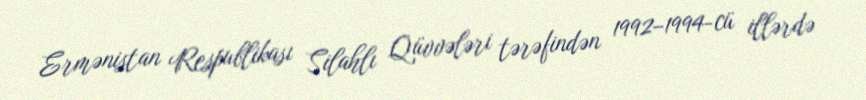
Ermənistan Respublikası Silahlı Qüvvələri tərəfindən 1992–1994-cü illərdə